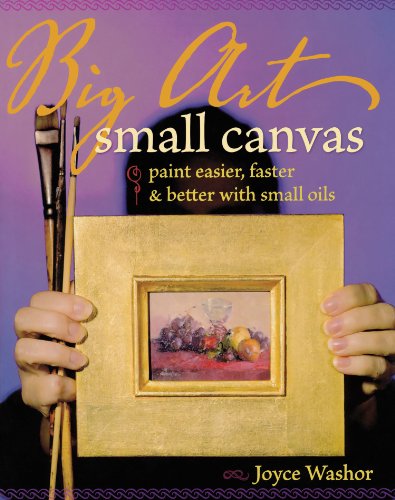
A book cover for Big Art, Small Canvas: Paint Easier, Faster and Better with Small Oils; Joyce Washor; Arts & Photography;